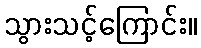
သွားသင့်ကြောင်း။